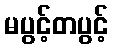
မပွင့်တပွင့်